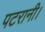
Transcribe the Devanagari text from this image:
पटरानी।